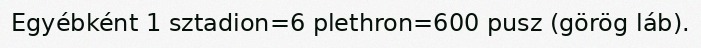
Egyébként 1 sztadion=6 plethron=600 pusz (görög láb).